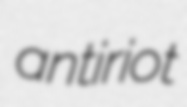
antiriot